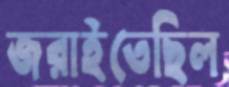
জরাইতেছিল